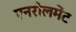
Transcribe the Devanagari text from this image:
एनरोलमेंट